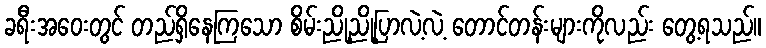
ခရီးအဝေးတွင် တည်ရှိနေကြသော စိမ်းညို့ညို့ပြာလဲ့လဲ့ တောင်တန်းများကိုလည်း တွေ့ရသည်။